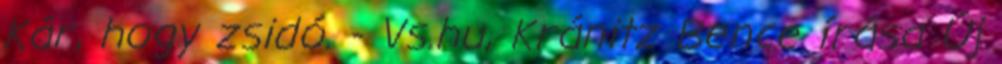
Kár, hogy zsidó. - Vs.hu, Kránitz Bence írása Új